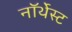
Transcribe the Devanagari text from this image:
नॉर्थेस्ट